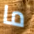
ما